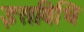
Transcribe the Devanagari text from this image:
इसविधि